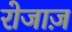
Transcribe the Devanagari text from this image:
रोजाज़